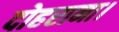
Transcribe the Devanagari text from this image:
दोहराना।